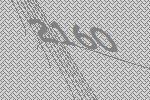
2160